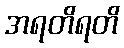
အရတိရတိ